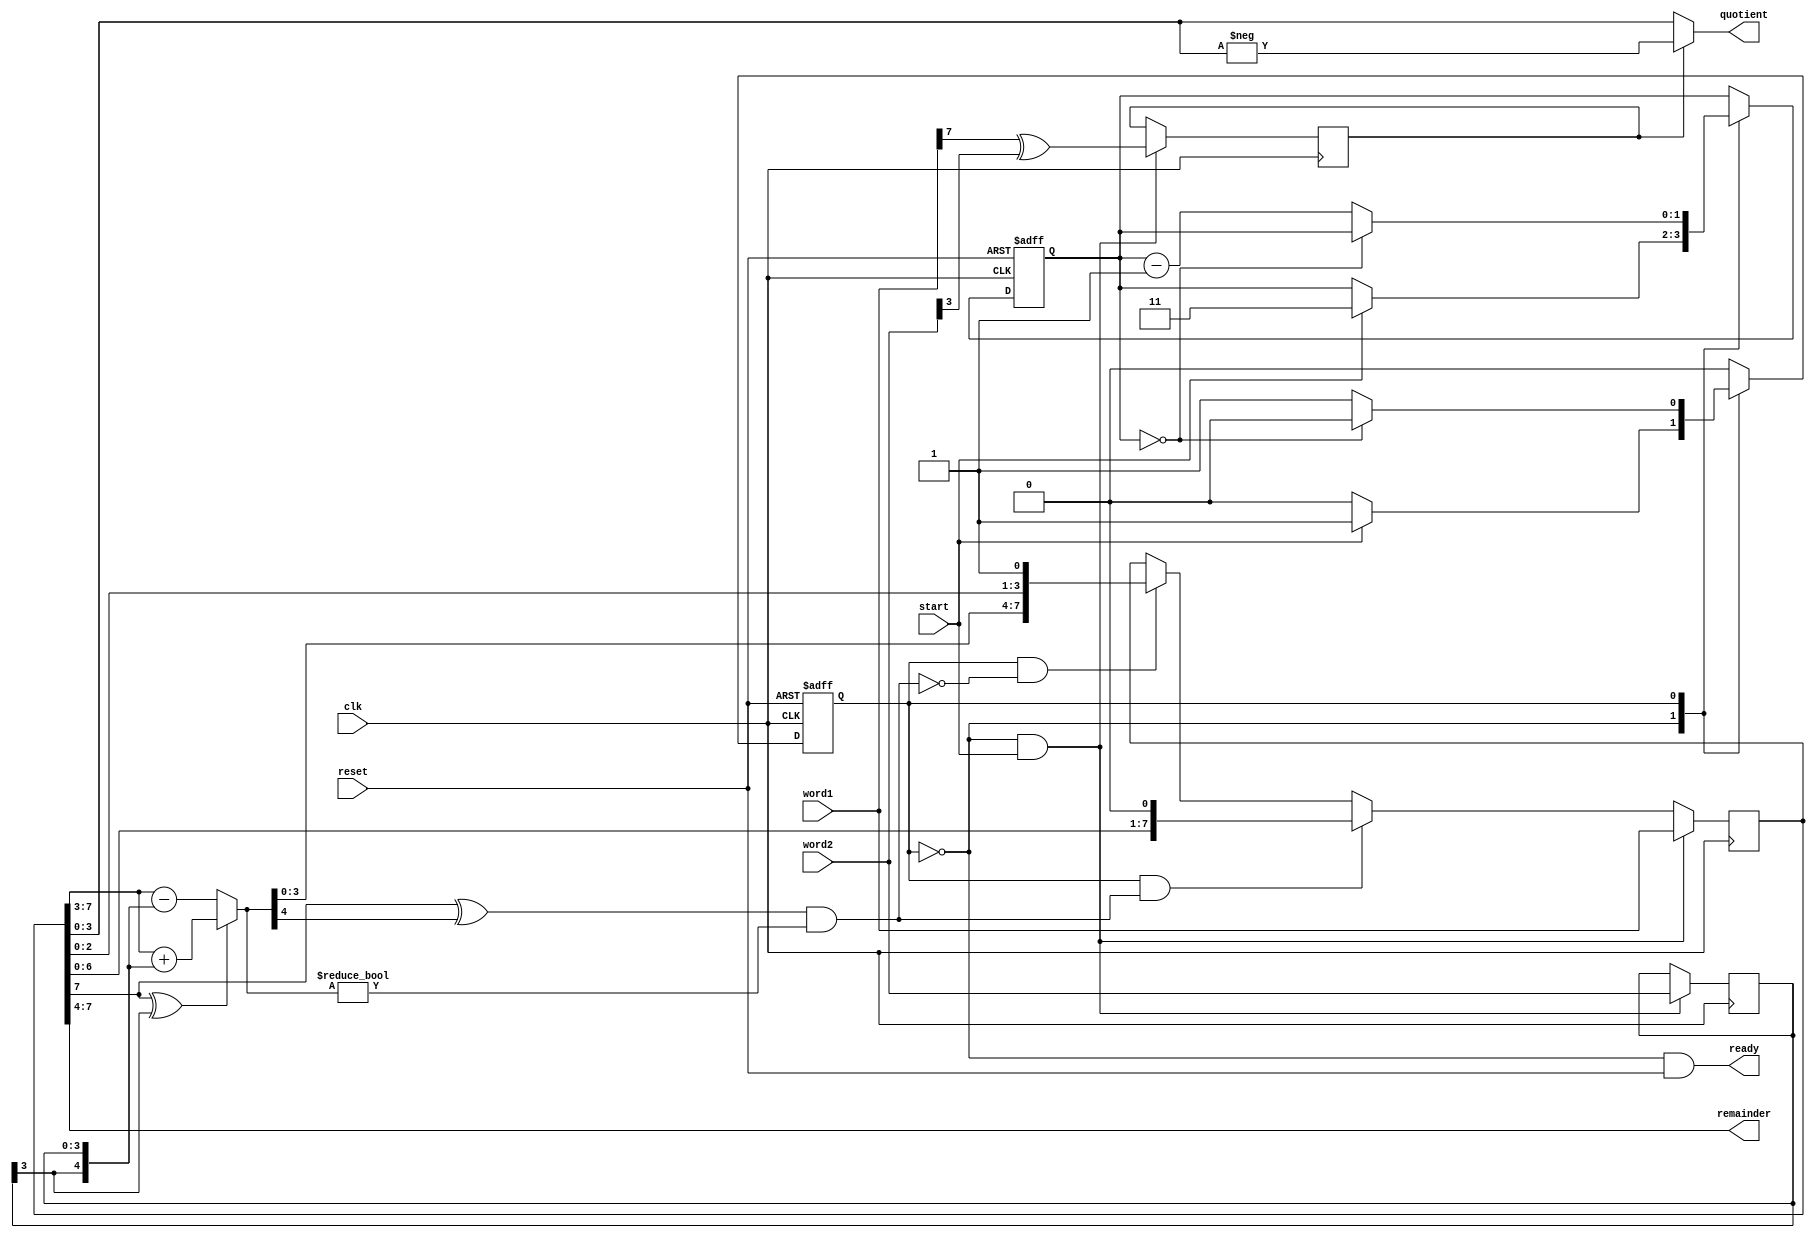
module sdiv(clk, reset, start, word1, word2, quotient, remainder, ready);
	input clk, reset, start;
	input [7:0] word1;
	input [3:0] word2;
	output [3:0] quotient, remainder;
	output ready;
	wire load, shift, subshift, sub; 
	wire lt;
	
	reg [7:0] dividend; 
	reg [3:0] divisor; 
	reg sign; 
	wire [4:0] diff, edivisor; 
	
	assign edivisor = {divisor[3], divisor}; 
	assign diff = (dividend[7]^divisor[3]) ? (dividend[7:3] + edivisor)
						: (dividend[7:3] - edivisor);
	assign lt = (dividend[7]^diff[4]) && (diff != 4'b0); 
	
	always @ (posedge clk) begin
		if (load) begin
			dividend <= word1; divisor <= word2;
			sign <= word1[7] ^ word2[3];
			end
		else if (shift) dividend <= {dividend[6:0], 1'b0}; 
		else if (subshift) dividend <= {diff[3:0], dividend[2:0], 1'b1}; 
	end
	
	assign quotient = sign ? -dividend[3:0] : dividend[3:0];
	assign remainder = dividend[7:4];
	
	reg overflow;
	reg state;
	localparam S0 = 0, S1 = 1;
	reg [1:0] count;
	always @ (posedge clk, negedge reset) 
		if (~reset) begin state <= S0; count <= 0; end
		else
			case (state)
				S0: if (start) begin state <= S1; count <= 3; end
				S1: if (count==0) state <= S0;
			else count <= count - 1;
		endcase
	
	
	assign load = (state==S0) && start;
	assign shift = (state==S1) && lt;
	assign subshift = (state==S1) && ~lt;
	assign ready = (state==S0) && reset;
endmodule